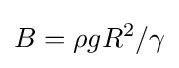
B=\rho gR^{2}/\gamma